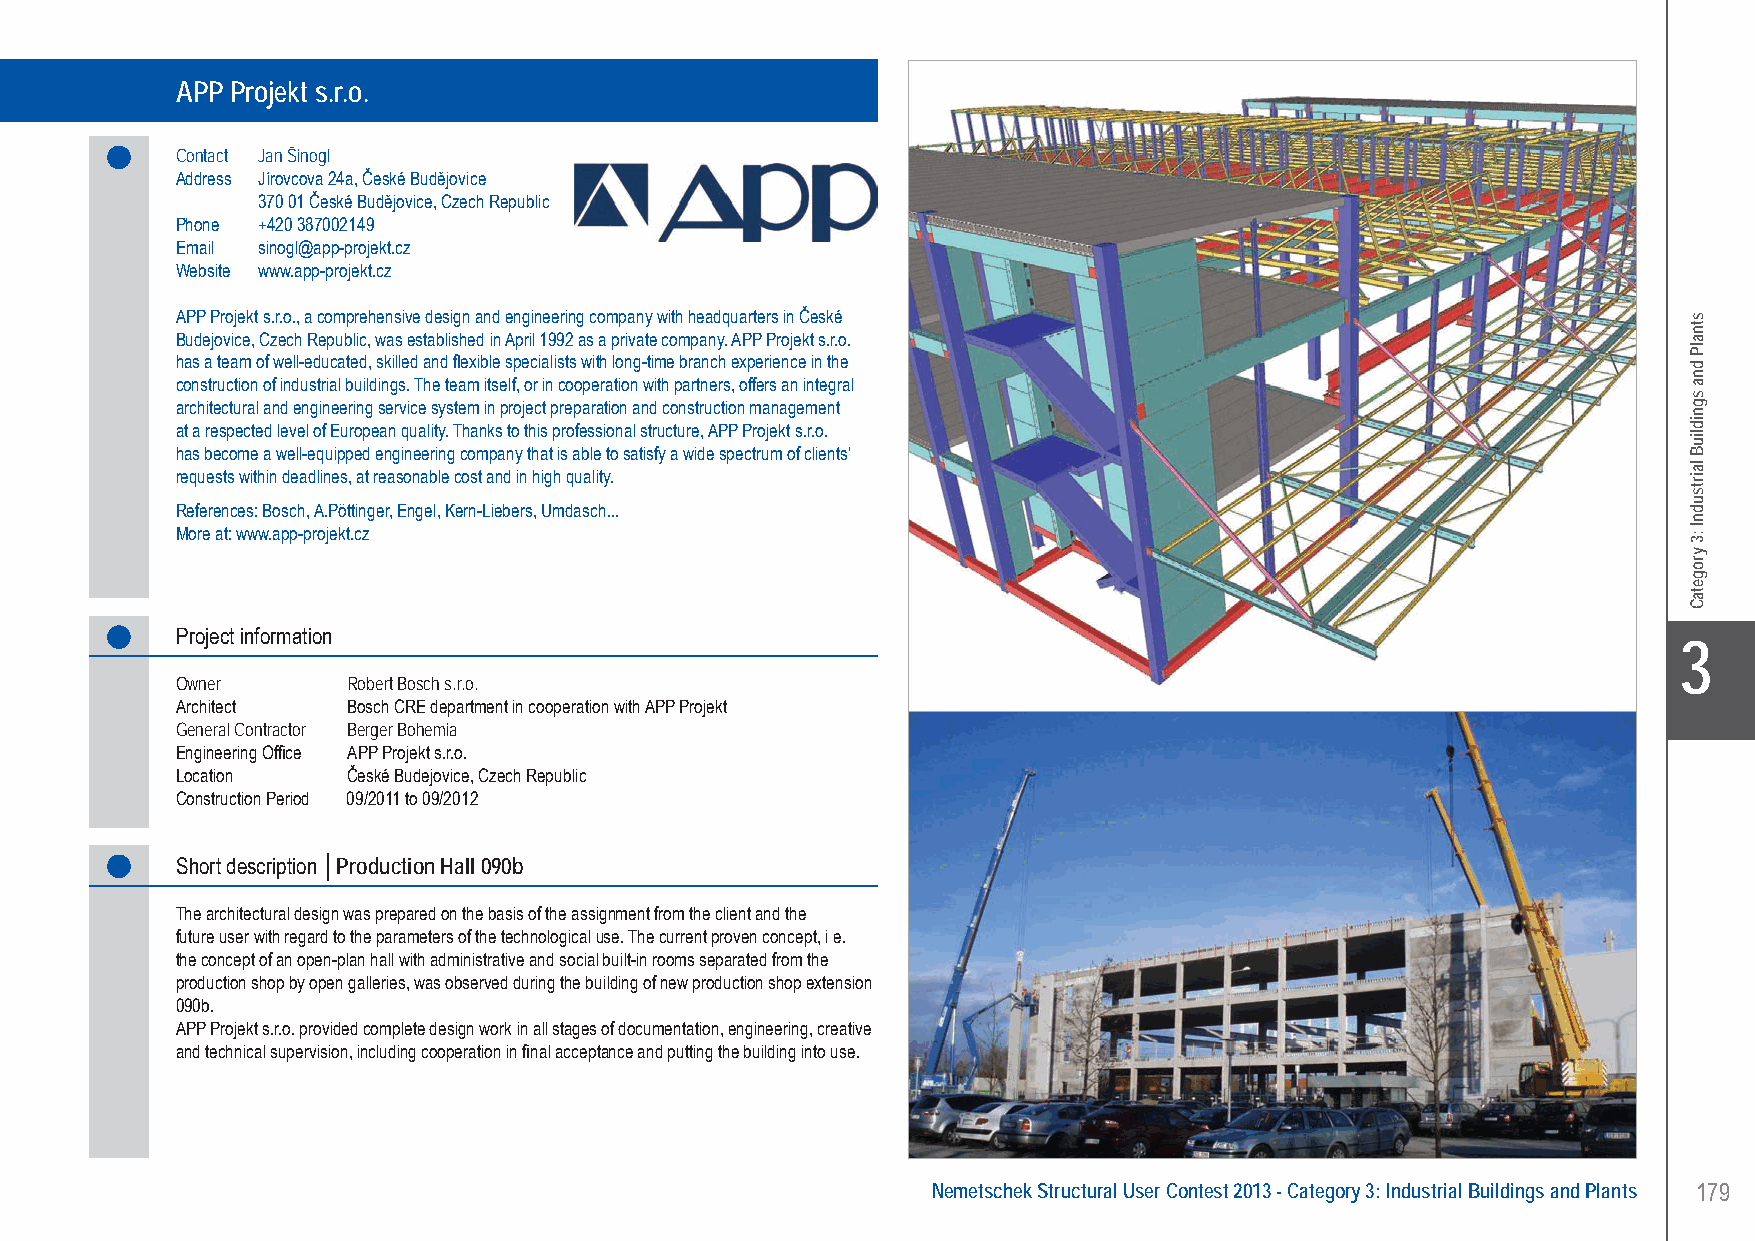
APP Projekt s.r.o. .Production Hall 090b - České Budejovice, Czech Republic
 APP Projekt s.r.o.
 Contact Jan Šinogl
 Address Jírovcova 24a, České Budějovice
 370 01 České Budějovice, Czech Republic
 Phone +420 387002149
 Email sinogl@app-projekt.cz
 Website www.app-projekt.cz
 APP Projekt s.r.o., a comprehensive design and engineering company with headquarters in České
 Budejovice, Czech Republic, was established in April 1992 as a private company. APP Projekt s.r.o.
 has a team of well-educated, skilled and flexible specialists with long-time branch experience in the
 construction of industrial buildings. The team itself, or in cooperation with partners, offers an integral
 architectural and engineering service system in project preparation and construction management
 at a respected level of European quality. Thanks to this professional structure, APP Projekt s.r.o.
 has become a well-equipped engineering company that is able to satisfy a wide spectrum of clients’
 requests within deadlines, at reasonable cost and in high quality.
 References: Bosch, A.Pöttinger, Engel, Kern-Liebers, Umdasch...
 More at: www.app-projekt.cz
 Project information
 X3
 Owner      Robert Bosch s.r.o.
 Architect  Bosch CRE department in cooperation with APP Projekt
 General Contractor Berger Bohemia
 Engineering Office APP Projekt s.r.o.
 Location   České Budejovice, Czech Republic
 Construction Period 09/2011 to 09/2012
 Short description │Production Hall 090b
 The architectural design was prepared on the basis of the assignment from the client and the
 future user with regard to the parameters of the technological use. The current proven concept, i e.
 the concept of an open-plan hall with administrative and social built-in rooms separated from the
 production shop by open galleries, was observed during the building of new production shop extension
 090b.
 APP Projekt s.r.o. provided complete design work in all stages of documentation, engineering, creative
 and technical supervision, including cooperation in final acceptance and putting the building into use.
 Nemetschek Structural User Contest 2013 - Category 3: Industrial Buildings and Plants 179
 UC-2013-Book-V8.indd 179                                                                                  7/11/2013 12:04:37 PM
 stnalP
 dna
 sgnidliuB
 lairtsudnI
 :3
 yrogetaC